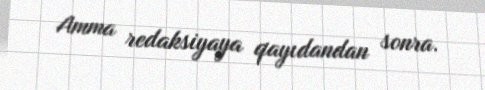
Amma redaksiyaya qayıdandan sonra.